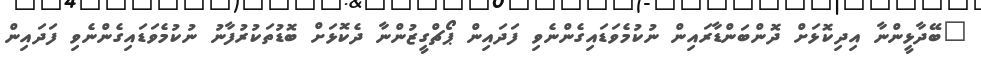
"ބޭދާޅީންނާ އިދިކޮޅަށް ދޮންބަންޑާރައިން ނުކުމެވަޑައިގެންނެވި ފަދައިން ޕޯޗްގީޒުންނާ ދެކޮޅަށް ބޮޑުތަކުރުފާނު ނުކުމެވަޑައިގެންނެވި ފަދައިން